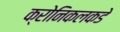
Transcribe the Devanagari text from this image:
क्रोनिकलकडे